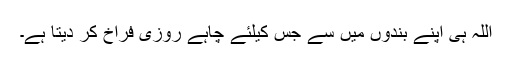
اللہ ہی اپنے بندوں میں سے جس کیلئے چاہے روزی فراخ کر دیتا ہے۔